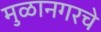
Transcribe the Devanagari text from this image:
मुळानगरचे